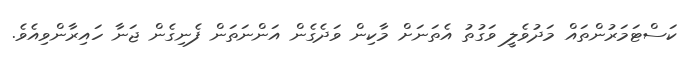
ކަސްޓަމަރުންތައް މަދުވެލީ ވަގުތު އެތަނަށް މާކިން ވަދެގެން އަންނަތަން ފެނިގެން ޖަނާ ހައިރާންވިއެވެ.